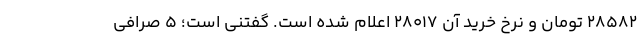
28582 تومان و نرخ خرید آن 28017 اعلام شده است. گفتنی است؛ ۵ صرافی